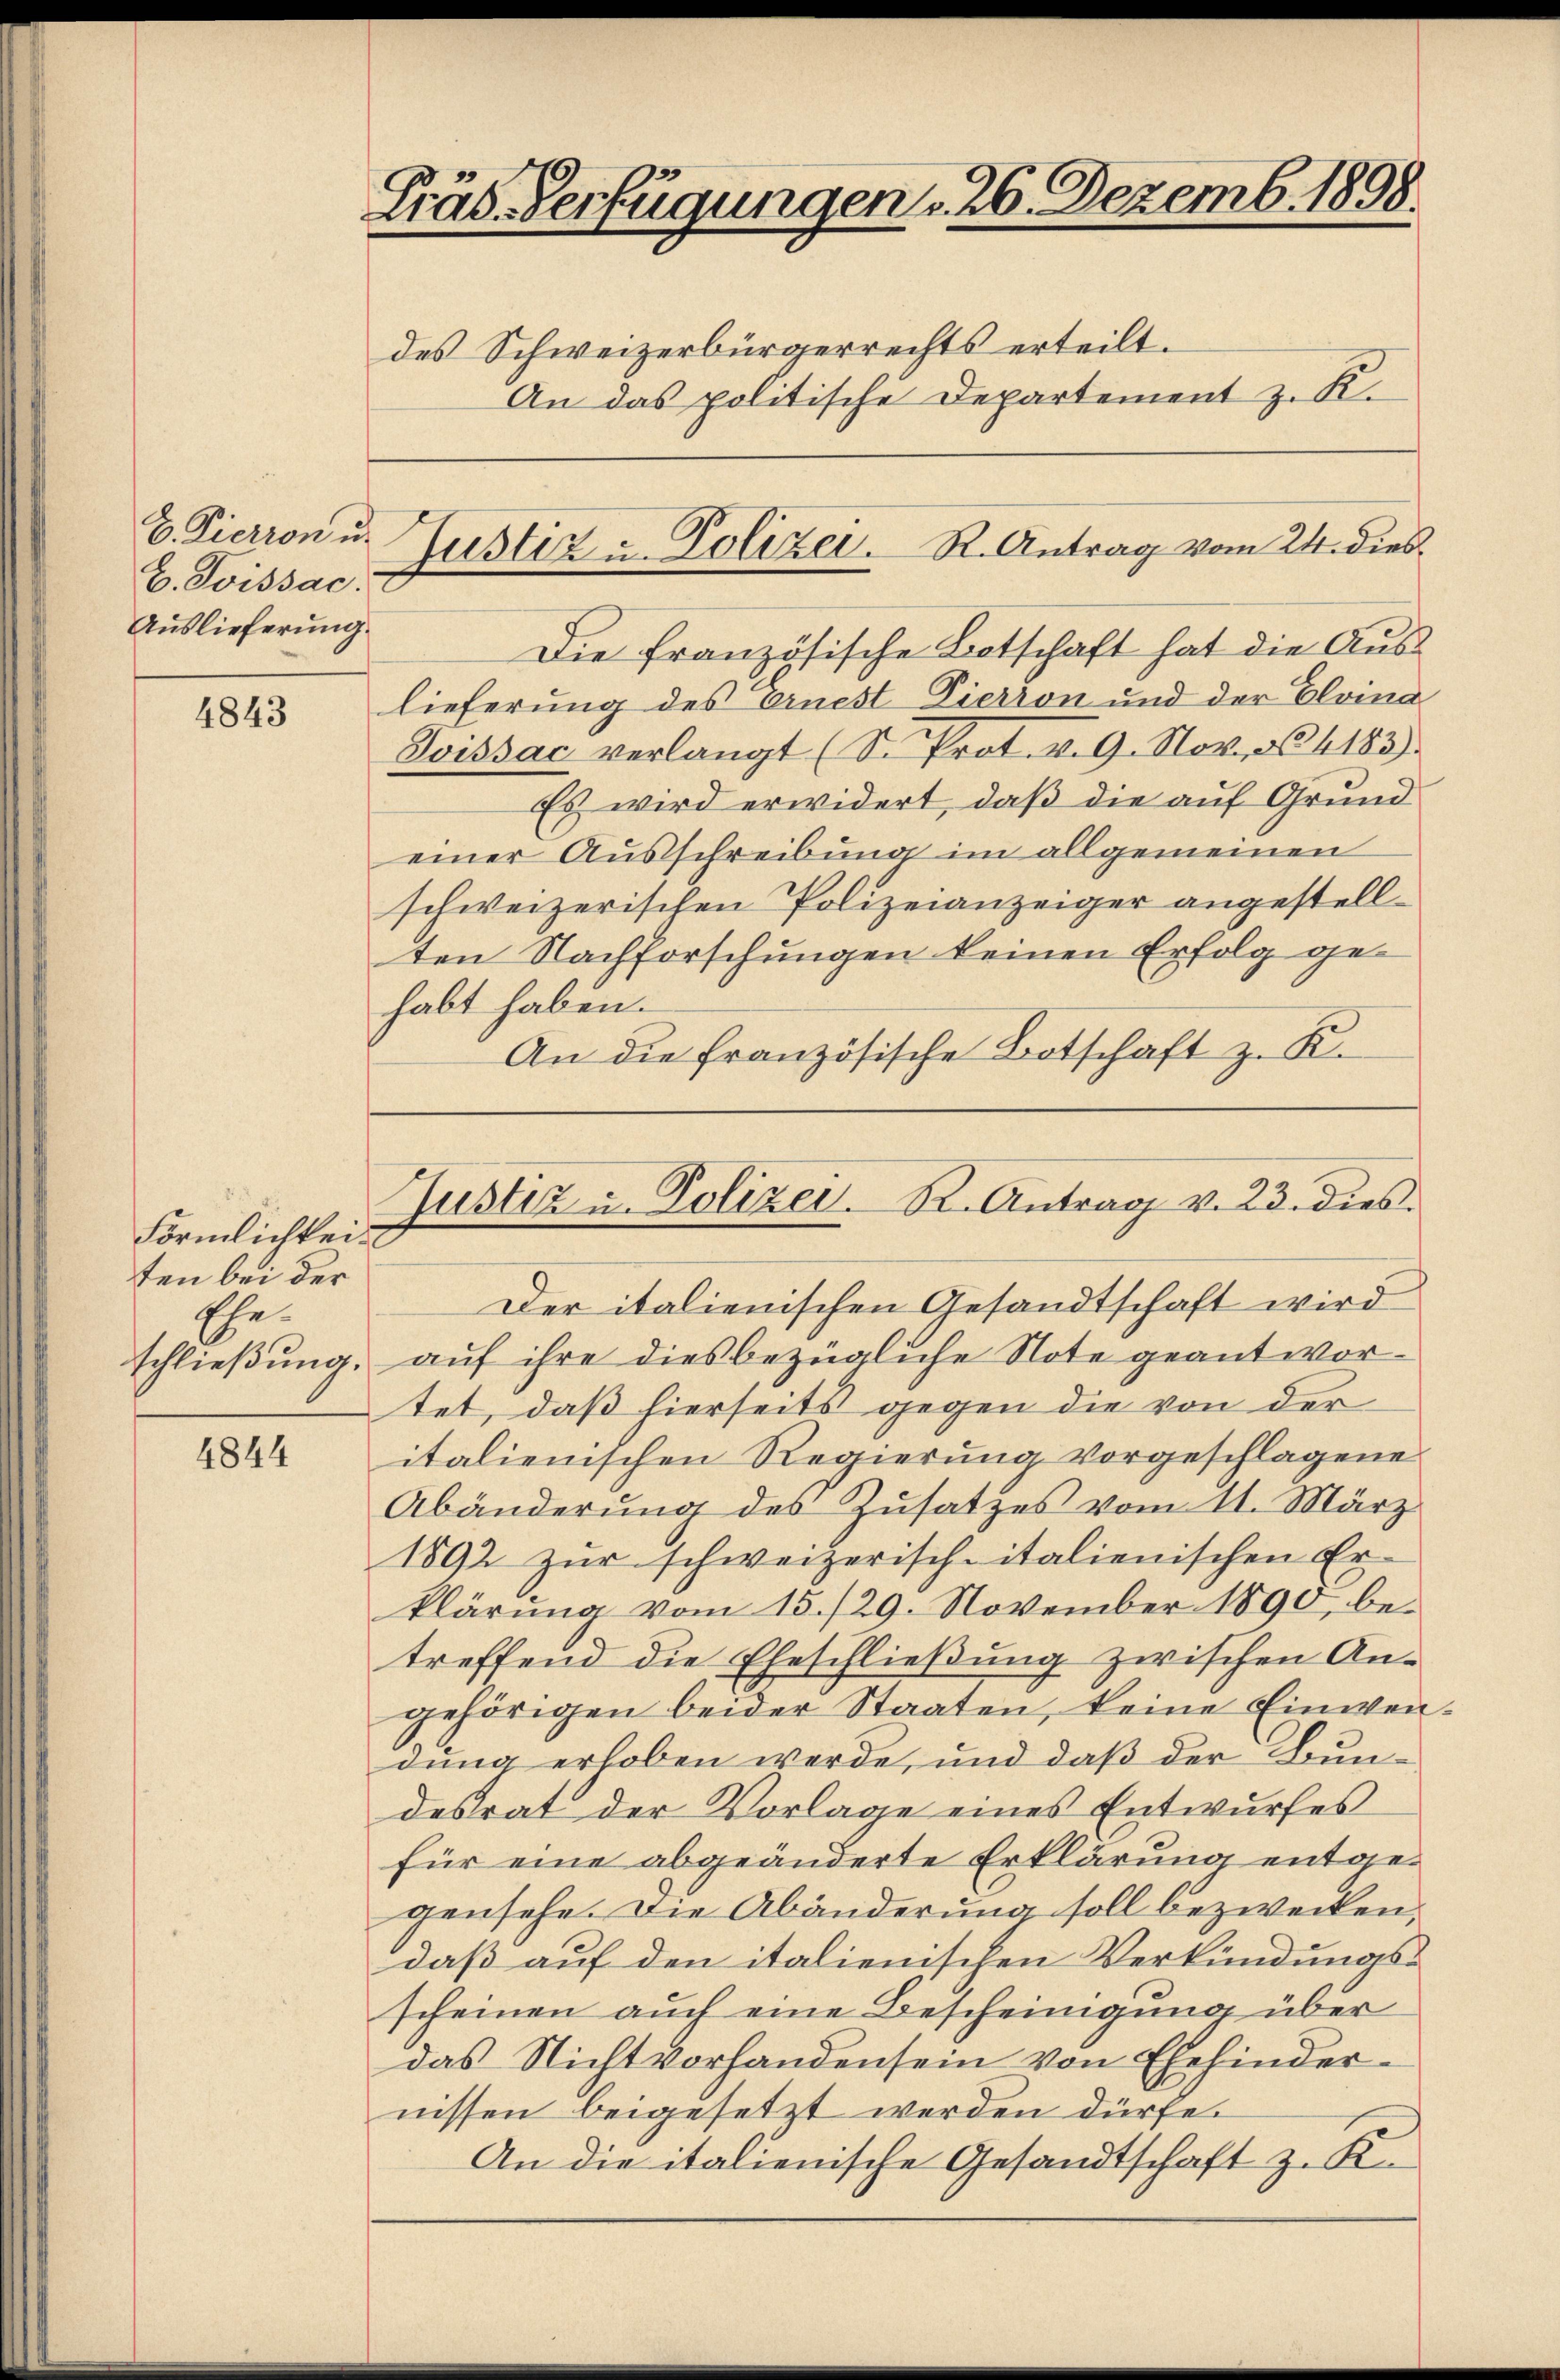
E. Pierren u.
C. Poissac
Auslieferung.

4843

Förmlichkeit
ten bei der
Ehe.

4844

Präs. Verfügungen v. 26. Dezemb. 1898.

des Schweizerbürgerrechts erteilt.
An das politische Departement z. K.
Die französische Botschaft hat die Auslieferung des Ernest Zierron und der Elvina
Soissac verlangt (S. Prot. v. 9. Nov. 14183).
Es wird erwidert, daß die auf Grund
einer Ausschreibung im allgemeinen
schweizerischen Polizeianzeiger angestellten Nachforschungen keinen Erfolg gehabt haben.
An die französische Botschaft z. K.

Justiz u. Polizei. R. Antrag vom 24. dies

Justiz u. Polizei. R. Antrag v. 23. dies

Der italienischen Gesandtschaft wird
schließung, auf ihre diesbezügliche Note geantwortet, daß hierseits gegen die von der
italienischen Regierung vorgeschlagene
Abänderung des Zusatzes vom 11. März
1892 zur schweizerischeitalienischen Erklärung vom 15./29. November 1890, betreffend die Eheschließung zwischen Angehörigen beider Staaten, keine Einwendung erhoben werde, und daß der Bundesrat der Vorlage eines Entwŭrfes
für eine abgeänderte Erklärung entgegensehe. Die Abänderung soll bezweiten.
daß auf den italienischen Verkündungsscheinen auch eine Bescheinigung über
das Nichtvorhanden sein von Ehehindernissen beigesetzt werden dürfe.
An die italienische Gesandtschaft z. R.